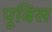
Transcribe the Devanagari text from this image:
पूबिस